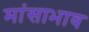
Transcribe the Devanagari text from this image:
मांसाभाव